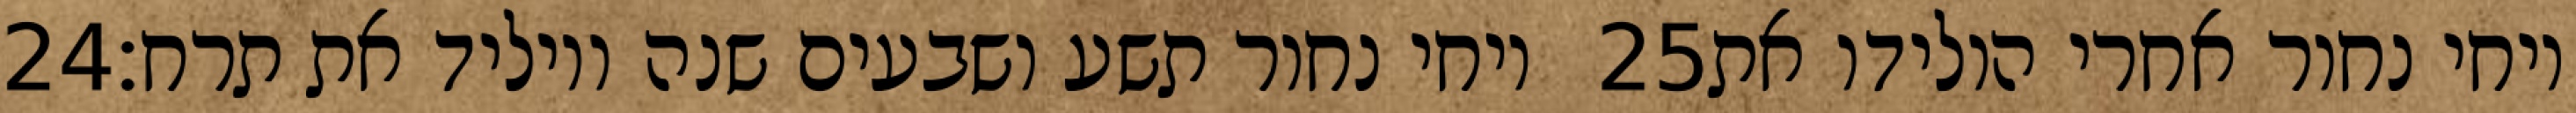
‎24‏ ויחי נחור תשע ושבעים שנה ויוליד את תרח׃ ‎25‏ ויחי נחור אחרי הולידו את